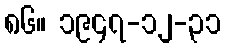
၈၆။ ၁၉၄၇-၁၂-၃၁